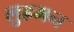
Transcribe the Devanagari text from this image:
लुह्रमन